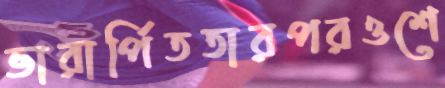
ভারার্পিততারপরওশে